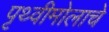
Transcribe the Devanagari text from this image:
पृथ्वीमोलाचे